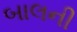
બાલની